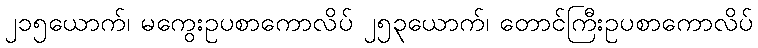
၂၁၅ယောက်၊ မကွေးဥပစာကောလိပ် ၂၅၃ယောက်၊ တောင်ကြီးဥပစာကောလိပ်